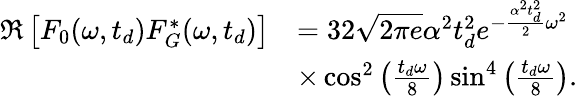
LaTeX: \begin{array}{rl}{\mathfrak{R}\left[F_{0}(\omega,t_{d})F_{G}^{*}(\omega,t_{d})\right]}&{=32\sqrt{2\pi e}\alpha^{2}t_{d}^{2}e^{-\frac{\alpha^{2}t_{d}^{2}}{2}\omega^{2}}}\\ &{\times\cos^{2}\left(\frac{t_{d}\omega}{8}\right)\sin^{4}\left(\frac{t_{d}\omega}{8}\right).}\end{array}